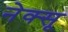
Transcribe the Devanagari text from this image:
नेक्सू